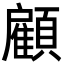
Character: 顧